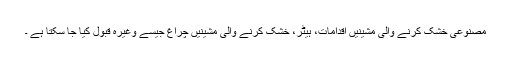
مصنوعی خشک کرنے والی مشینیں اقدامات، ہیٹر، خشک کرنے والی مشینیں چراغ جیسے وغیرہ قبول کیا جا سکتا ہے ۔